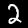
Digit: 2